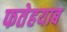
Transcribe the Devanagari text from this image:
फतेहयाब